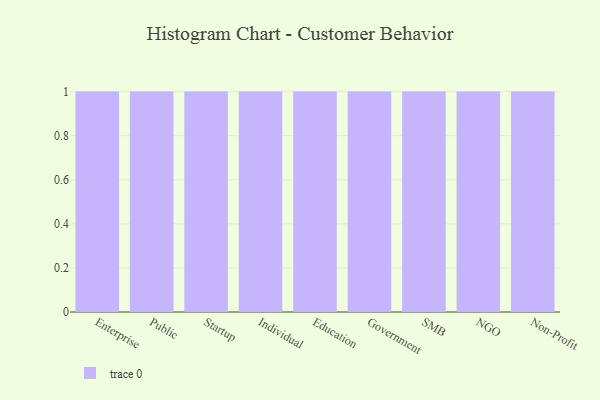
{"axis": {"x": "Segment", "y": "Shipments"}, "legend": [""], "data": [{"x": "Enterprise", "y": 75, "type": ""}, {"x": "Public", "y": 14, "type": ""}, {"x": "Startup", "y": 36, "type": ""}, {"x": "Individual", "y": 39, "type": ""}, {"x": "Education", "y": 19, "type": ""}, {"x": "Government", "y": 91, "type": ""}, {"x": "SMB", "y": 2, "type": ""}, {"x": "NGO", "y": 74, "type": ""}, {"x": "Non-Profit", "y": 90, "type": ""}]}